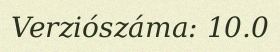
Verziószáma: 10.0